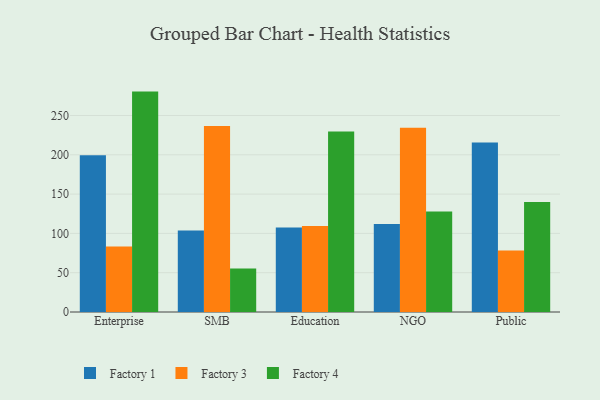
{"axis": {"x": "Segment", "y": "Website Visitors"}, "legend": ["Factory 1", "Factory 3", "Factory 4"], "data": [{"x": "Enterprise", "y": 199.4, "type": "Factory 1"}, {"x": "Enterprise", "y": 83.3, "type": "Factory 3"}, {"x": "Enterprise", "y": 280.4, "type": "Factory 4"}, {"x": "SMB", "y": 103.7, "type": "Factory 1"}, {"x": "SMB", "y": 236.6, "type": "Factory 3"}, {"x": "SMB", "y": 55.2, "type": "Factory 4"}, {"x": "Education", "y": 107.6, "type": "Factory 1"}, {"x": "Education", "y": 109.4, "type": "Factory 3"}, {"x": "Education", "y": 229.5, "type": "Factory 4"}, {"x": "NGO", "y": 111.9, "type": "Factory 1"}, {"x": "NGO", "y": 234.3, "type": "Factory 3"}, {"x": "NGO", "y": 128.0, "type": "Factory 4"}, {"x": "Public", "y": 215.8, "type": "Factory 1"}, {"x": "Public", "y": 78.2, "type": "Factory 3"}, {"x": "Public", "y": 140.1, "type": "Factory 4"}]}